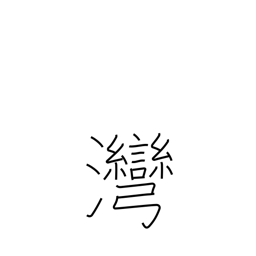
Meaning: inlet